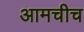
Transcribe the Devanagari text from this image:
आमचीच